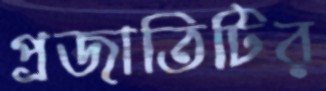
প্রজাতিটির